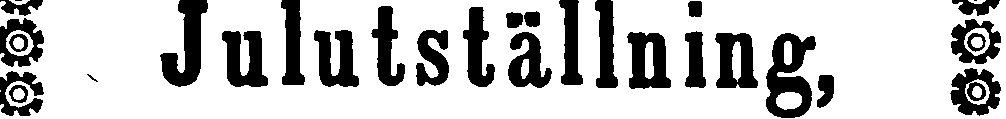
⁑ Julutställning, ⁑